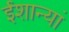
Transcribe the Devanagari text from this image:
ईशान्यां